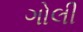
ગોલી